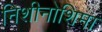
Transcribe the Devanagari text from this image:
निशीनोशिमा